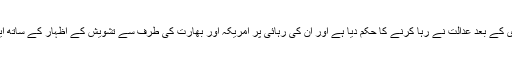
حافظ سعید کو گزشتہ سال نومبر میں تقریباً 10 ماہ کی نظر بندی کے بعد عدالت نے رہا کرنے کا حکم دیا ہے اور ان کی رہائی پر امریکہ اور بھارت کی طرف سے تشویش کے اظہار کے ساتھ ایک بار پھر ان کے خلاف کارروائی کرنے کا مطالبہ سامنے آیا۔